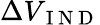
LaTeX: \Delta V_{\mathrm{~I~N~D~}}